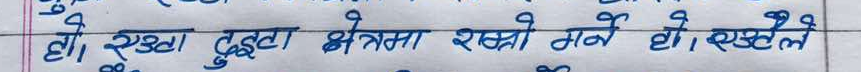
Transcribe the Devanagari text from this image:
हो। स्पष्ट दृष्टा क्षमता राख्ने हो। एउटै